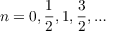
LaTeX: n = 0 , { \frac { 1 } { 2 } } , 1 , { \frac { 3 } { 2 } } , \ldots